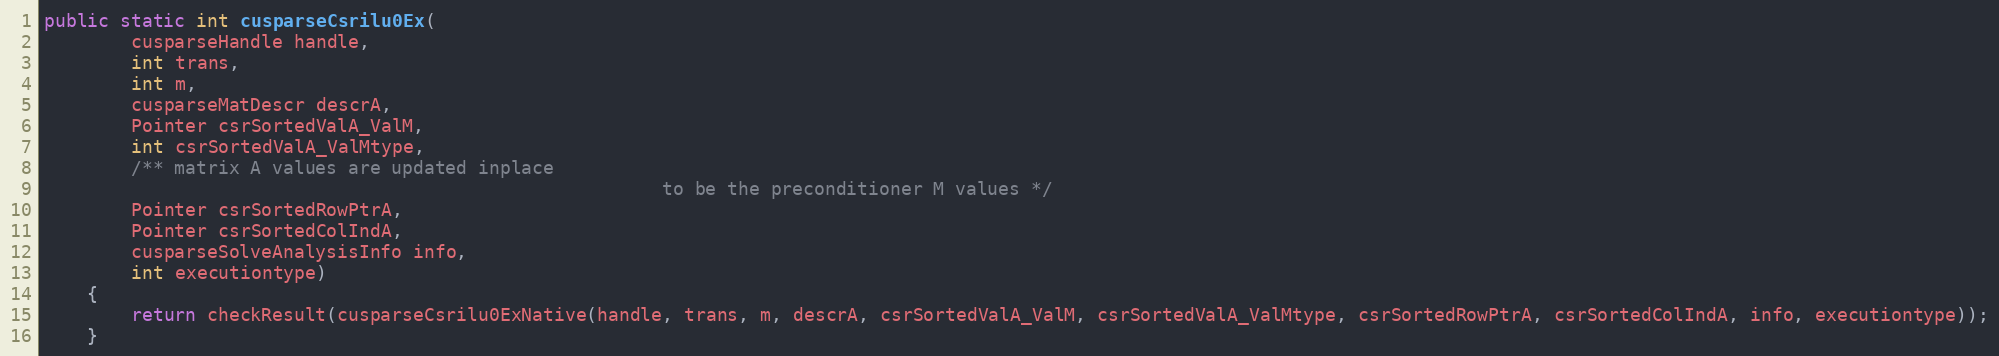
Language: Java
public static int cusparseCsrilu0Ex(
        cusparseHandle handle,
        int trans,
        int m,
        cusparseMatDescr descrA,
        Pointer csrSortedValA_ValM,
        int csrSortedValA_ValMtype,
        /** matrix A values are updated inplace
                                                         to be the preconditioner M values */
        Pointer csrSortedRowPtrA,
        Pointer csrSortedColIndA,
        cusparseSolveAnalysisInfo info,
        int executiontype)
    {
        return checkResult(cusparseCsrilu0ExNative(handle, trans, m, descrA, csrSortedValA_ValM, csrSortedValA_ValMtype, csrSortedRowPtrA, csrSortedColIndA, info, executiontype));
    }